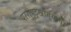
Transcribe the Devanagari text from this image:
परराष्ट्रखात्याचा